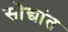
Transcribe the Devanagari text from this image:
सौद्यांत